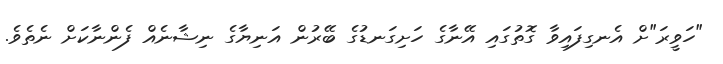
"ހަވީރަ"ށް އެނގިފައިވާ ގޮތުގައި އޭނާގެ ހަށިގަނޑުގެ ބޭރުން އަނިޔާގެ ނިޝާނެއް ފެންނާކަށް ނެތެވެ.